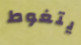
يتغوط